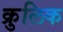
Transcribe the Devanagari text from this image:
क्रुलिक